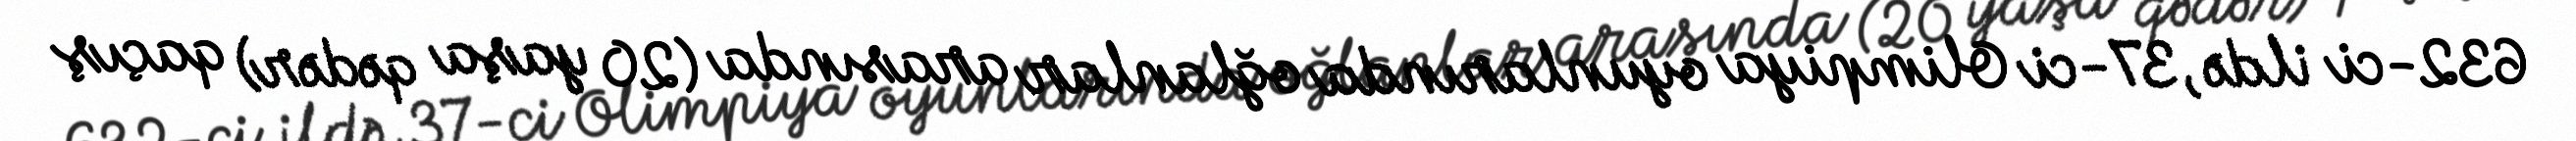
632-ci ildə, 37-ci Olimpiya oyunlarında oğlanlar arasında (20 yaşa qədər) qaçış